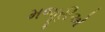
મજૂરીએ